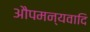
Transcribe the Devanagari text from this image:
औपमन्यवादि